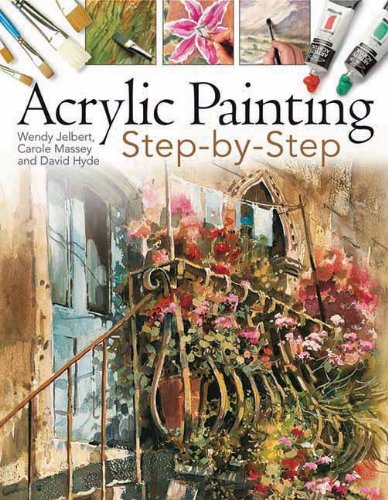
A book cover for Acrylic Painting Step-By-Step; David Hyde; Arts & Photography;